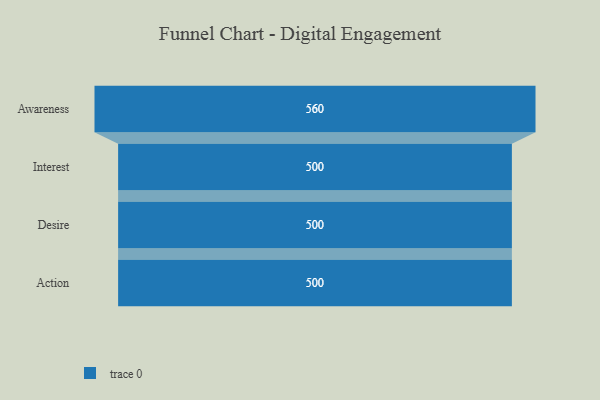
{"axis": {"x": "Stage", "y": "Value"}, "legend": [""], "data": [{"x": "Awareness", "y": 560.0, "type": ""}, {"x": "Interest", "y": 500, "type": ""}, {"x": "Desire", "y": 500, "type": ""}, {"x": "Action", "y": 500, "type": ""}]}